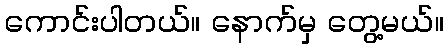
ကောင်းပါတယ်။ နောက်မှ တွေ့မယ်။